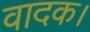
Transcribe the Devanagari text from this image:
वादक।